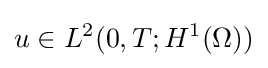
u\in L^{2}(0,T;H^{1}(\Omega ))